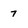
Character: 7